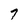
Character: 7